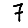
Digit: 7